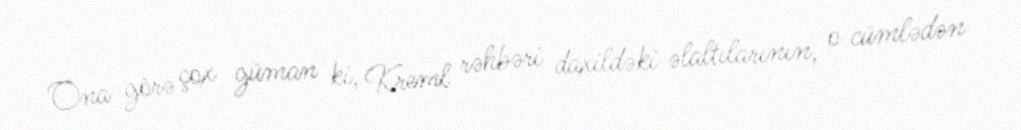
Ona görə çox güman ki, Kreml rəhbəri daxildəki əlaltılarının, o cümlədən